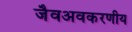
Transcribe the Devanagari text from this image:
जैवअवकरणीय